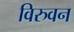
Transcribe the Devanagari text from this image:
विरुवन